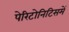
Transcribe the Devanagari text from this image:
पेरिटोनिटिसमें